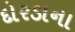
દોરડાના